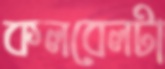
কলবেলটা